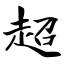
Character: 超